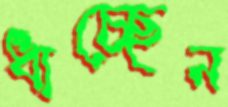
ধাচ্ছেন